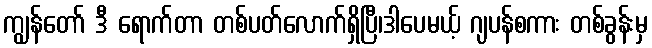
ကျွန်တော် ဒီ ရောက်တာ တစ်ပတ်လောက်ရှိပြီ၊ဒါပေမယ့် ဂျပန်စကား တစ်ခွန်းမှ